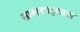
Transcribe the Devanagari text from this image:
साखरपट्ट्यात